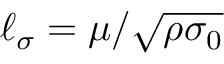
\ell _ { \sigma } = \mu / \sqrt { \rho \sigma _ { 0 } }